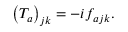
\left( T _ { a } \right) _ { j k } = - i f _ { a j k } .